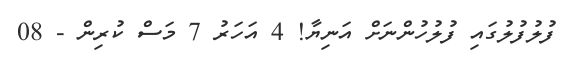
ފުލުފުލުގައި ފުލުހުންނަށް އަނިޔާ! 4 އަހަރު 7 މަސް ކުރިން - 08